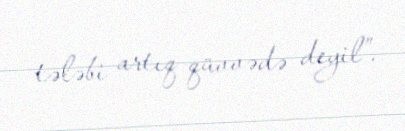
tələbi artıq qüvvədə deyil”.